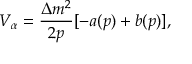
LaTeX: V _ { \alpha } = \frac { \Delta m ^ { 2 } } { 2 p } [ - a ( p ) + b ( p ) ] ,